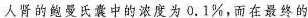
人肾的鲍曼氏囊中的浓度为0.1%，而在最终的